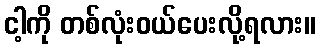
ငါ့ကို တစ်လုံးဝယ်ပေးလို့ရလား။